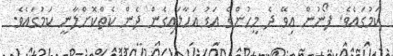
ކަމުގައެވެ. ފޯނުން އިވޭ ދެ މީހުންގެ އަޑު އަހާލައިގެން ދެން ކެތްކޮށްލާނީ ކަމުގައެވެ.